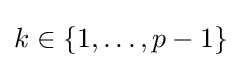
k\in \{1,\ldots ,p-1\}